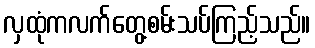
လှထုံကလက်တွေ့စမ်းသပ်ကြည့်သည်။